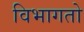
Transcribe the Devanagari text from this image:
विभागतो